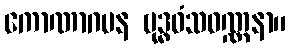
ကောဏာဂမန ဗုဒ္ဓဝံသဝဏ္ဏနာ။